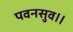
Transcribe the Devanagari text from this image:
पवनसुव।।